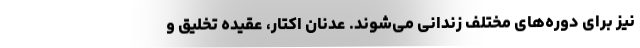
نیز برای دوره‌های مختلف زندانی می‌شوند. عدنان اکتار، عقیده تخلیق و